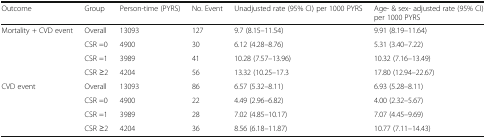
| Outcome | Group | Person-time (PYRS) | No. Event | Unadjusted rate (95% CI) per 1000 PYRS | Age- & sex- adjusted rate (95% CI) per 1000 PYRS |
 | --- | --- | --- | --- | --- | --- |
 | <ROWSPAN=4> Mortality + CVD event | Overall | 13093 | 127 | 9.7 (8.15–11.54) | 9.91 (8.19–11.64) |
 | CSR =0 | 4900 | 30 | 6.12 (4.28–8.76) | 5.31 (3.40–7.22) |
 | CSR =1 | 3989 | 41 | 10.28 (7.57–13.96) | 10.32 (7.16–13.49) |
 | CSR ≥2 | 4204 | 56 | 13.32 (10.25–17.3 | 17.80 (12.94–22.67) |
 | <ROWSPAN=4> CVD event | Overall | 13093 | 86 | 6.57 (5.32–8.11) | 6.93 (5.28–8.11) |
 | CSR =0 | 4900 | 22 | 4.49 (2.96–6.82) | 4.00 (2.32–5.67) |
 | CSR =1 | 3989 | 28 | 7.02 (4.85–10.17) | 7.07 (4.45–9.69) |
 | CSR ≥2 | 4204 | 36 | 8.56 (6.18–11.87) | 10.77 (7.11–14.43) |